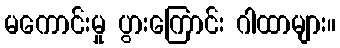
မကောင်းမှု ပွားကြောင်း ဂါထာများ။